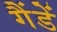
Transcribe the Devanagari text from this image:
गैंडें